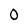
Character: 0